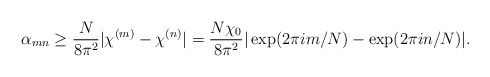
\begin{align*}\alpha_{mn} \geq \frac{N}{8 \pi^2} |\chi^{(m)} - \chi^{(n)}| =\frac{N \chi_0}{8 \pi^2} |\exp(2 \pi i m/N) - \exp(2 \pi i n/N)|.\end{align*}